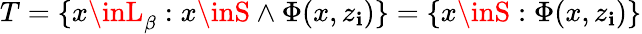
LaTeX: T=\{ x\inL_{\beta}:x\inS\wedge\Phi(x,z_{\mathbf{i}})\} =\{ x\inS:\Phi(x,z_{\mathbf{i}})\}